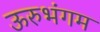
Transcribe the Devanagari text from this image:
ऊरुभंगम